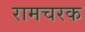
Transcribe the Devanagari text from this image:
रामचरक